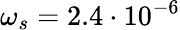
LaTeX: \omega_{s}=2.4\cdot 10^{-6}